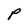
Character: P